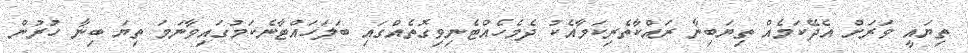
ތިޔައީ ވަރަށް އެދޭކަމެއް ތިޔަބިނާ ރައްކާތެރިކަމާއެކު ދެމެހެއްޓެނިވިގޮތެއްގައި ބަލަހައްޓާނެކަމުގައިވާނަމަ ތިޔަ ބިނާ ހުރުން